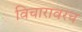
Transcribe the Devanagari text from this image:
विचारावरच